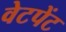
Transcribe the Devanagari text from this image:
वेटपेंट